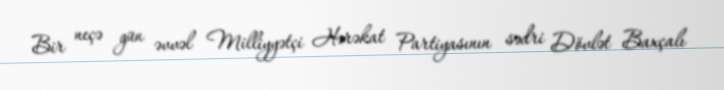
Bir neçə gün əvvəl Milliyyətçi Hərəkat Partiyasının sədri Dövlət Baxçalı